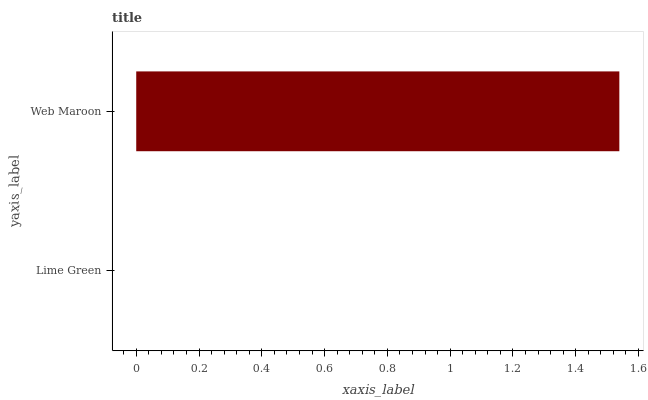
| yaxis_label | bars |
 | --- | --- |
 | Lime Green | 0 |
 | Web Maroon | 1.54 |